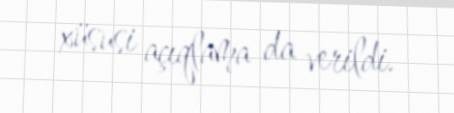
xüsusi açıqlama da verildi.